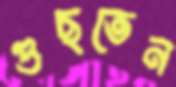
গুছতেন